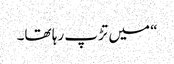
“ میں تڑپ رہا تھا۔